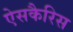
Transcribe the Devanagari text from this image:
ऐसकैरिस